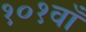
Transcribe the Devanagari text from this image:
१०१वाँ